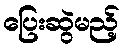
ပြေးဆွဲမည့်